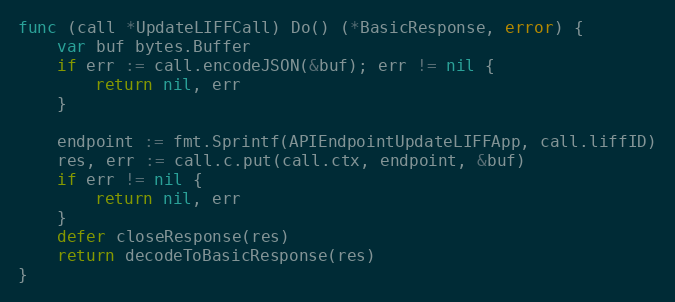
Language: Go
func (call *UpdateLIFFCall) Do() (*BasicResponse, error) {
	var buf bytes.Buffer
	if err := call.encodeJSON(&buf); err != nil {
		return nil, err
	}

	endpoint := fmt.Sprintf(APIEndpointUpdateLIFFApp, call.liffID)
	res, err := call.c.put(call.ctx, endpoint, &buf)
	if err != nil {
		return nil, err
	}
	defer closeResponse(res)
	return decodeToBasicResponse(res)
}